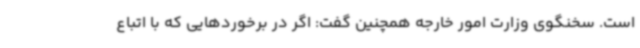
است. سخنگوی وزارت امور خارجه همچنین گفت: اگر در برخوردهایی که با اتباع